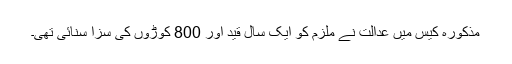
مذکورہ کیس میں عدالت نے ملزم کو ایک سال قید اور 800 کوڑوں کی سزا سنائی تھی۔